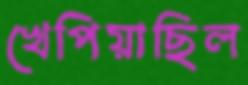
খেপিয়াছিল